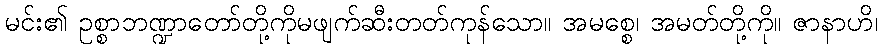
မင်း၏ ဥစ္စာဘဏ္ဍာတော်တို့ကိုမဖျက်ဆီးတတ်ကုန်သော။ အမစ္စေ၊ အမတ်တို့ကို။ ဇာနာဟိ၊